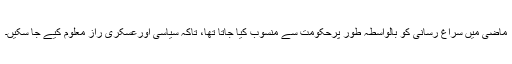
ماضی ميں سراغ رسانی کو بالواسطہ طور پرحکومت سے منسوب کيا جاتا تھا، تاکہ سياسی اورعسکری راز معلوم کيے جا سکيں۔